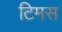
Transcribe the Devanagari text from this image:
टिमस